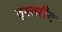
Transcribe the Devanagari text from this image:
तृस्तरीय